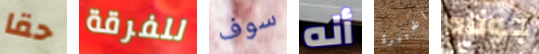
حقا للفرقة سوف أنه الخبيرة جوناه